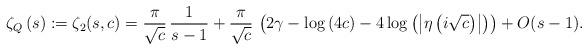
LaTeX: \begin{align*}\zeta_{Q}\left(s\right):=\zeta_{2}(s,c)=\frac{\pi}{\sqrt{c}}\,\frac{1}{s-1}+\frac{\pi}{\sqrt{c}}\,\left(2\gamma-\log\left(4c\right)-4\log\left(\left|\eta\left(i\sqrt{c}\right)\right|\right)\right)+O(s-1).\end{align*}